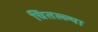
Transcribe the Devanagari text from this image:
चितल्ल्या